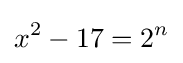
x^{2}-17=2^{n}